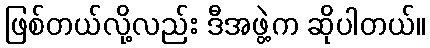
ဖြစ်တယ်လို့လည်း ဒီအဖွဲ့က ဆိုပါတယ်။